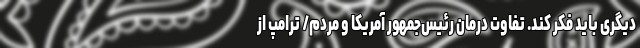
دیگری باید فکر کند. تفاوت درمان رئیس‌جمهور آمریکا و مردم/ ترامپ از